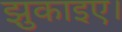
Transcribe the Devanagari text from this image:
झुकाइए।